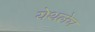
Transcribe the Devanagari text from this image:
येथलेच